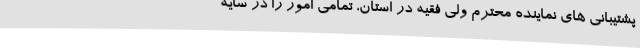
پشتیبانی های نماینده محترم ولی فقیه در استان، تمامی امور را در سایه